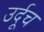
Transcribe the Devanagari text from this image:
उर्दूच